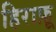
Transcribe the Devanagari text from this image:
हिराफ़ू